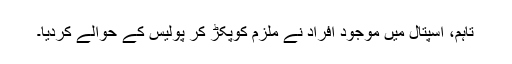
تاہم، اسپتال میں موجود افراد نے ملزم کوپکڑ کر پولیس کے حوالے کردیا۔